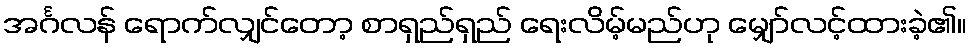
အင်္ဂလန် ရောက်လျှင်တော့ စာရှည်ရှည် ရေးလိမ့်မည်ဟု မျှော်လင့်ထားခဲ့၏။